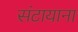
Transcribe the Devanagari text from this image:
संटायाना